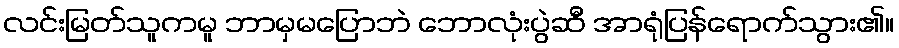
လင်းမြတ်သူကမူ ဘာမှမပြောဘဲ ဘောလုံးပွဲဆီ အာရုံပြန်ရောက်သွား၏။